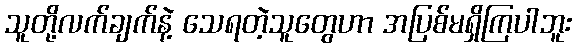
သူတို့လက်ချက်နဲ့ သေရတဲ့သူတွေဟာ အပြစ်မရှိကြပါဘူး